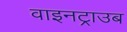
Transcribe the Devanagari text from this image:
वाइनट्राउब